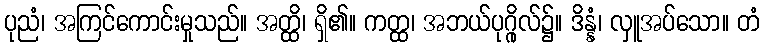
ပုညံ၊ အကြင်ကောင်းမှုသည်။ အတ္ထိ၊ ရှိ၏။ ကတ္ထ၊ အဘယ်ပုဂ္ဂိုလ်၌။ ဒိန္နံ၊ လှူအပ်သော။ တံ